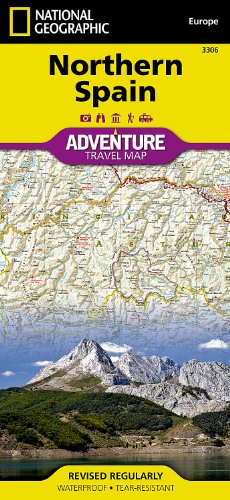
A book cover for Northern Spain (National Geographic Adventure Map); National Geographic Maps - Adventure; Travel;